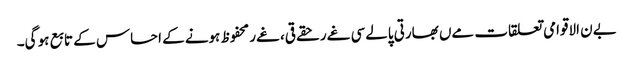
بےن الاقوامی تعلقات مےں بھارتی پالےسی غےر حقےقی، غےر محفوظ ہونے کے احساس کے تابع ہو گی۔